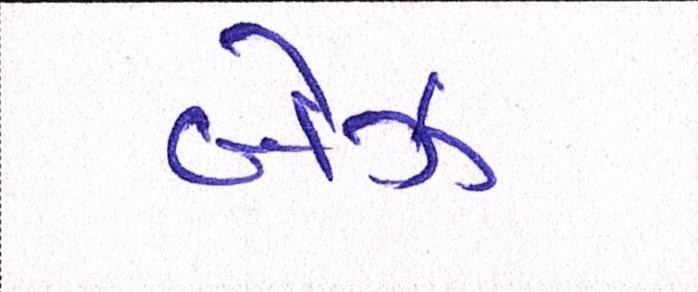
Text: બેઝ